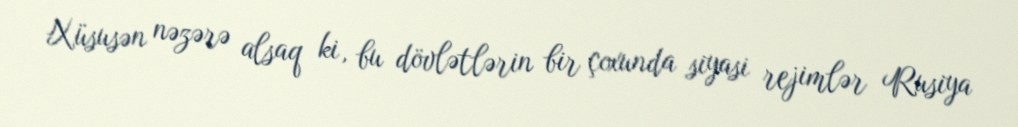
Xüsusən nəzərə alsaq ki, bu dövlətlərin bir çoxunda siyasi rejimlər Rusiya